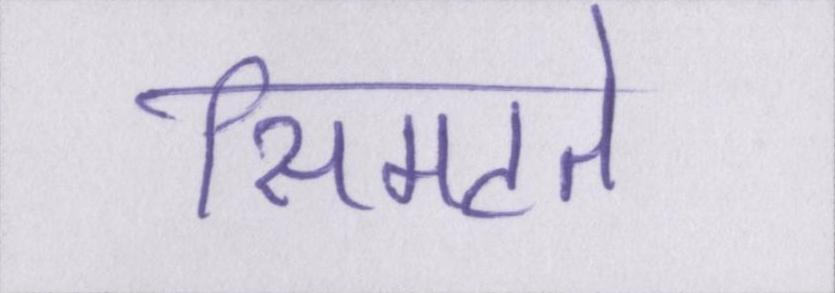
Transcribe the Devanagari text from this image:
सिमटते